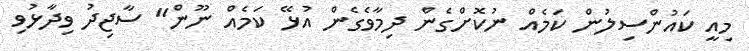
މިއީ ކައުންސިލުން ކަމެއް ނުކޮށްގެން ދިމާވެގެން އުޅޭ ކަމެއް ނޫން" ސާޖިދު ވިދާޅުވި